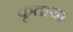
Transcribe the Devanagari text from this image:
कृताया